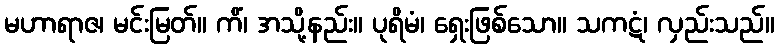
မဟာရာဇ၊ မင်းမြတ်။ ကိံ၊ အသို့နည်း။ ပုရိမံ၊ ရှေးဖြစ်သော။ သကဋံ၊ လှည်းသည်။